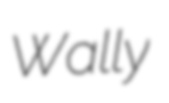
Wally